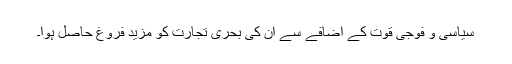
سیاسی و فوجی قوت کے اضافے سے ان کی بحری تجارت کو مزید فروغ حاصل ہوا۔